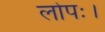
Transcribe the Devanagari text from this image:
लोपः।